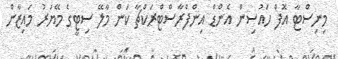
މިނިސްޓާ އޮފް ހައުސިން އެންޑް އިންފްރާސްޓްރަކްޗާ ކަން މާލޭ ސިޓީގެ މޭޔަރު މައިޒާން